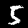
Label: 5